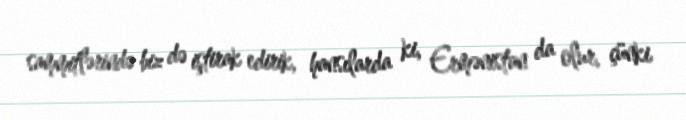
sammitlərində biz də iştirak edirik, hansılarda ki, Ermənistan da olur, çünki